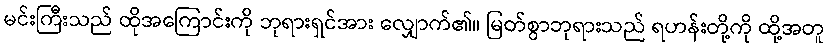
မင်းကြီးသည် ထိုအကြောင်းကို ဘုရားရှင်အား လျှောက်၏။ မြတ်စွာဘုရားသည် ရဟန်းတို့ကို ထို့အတူ